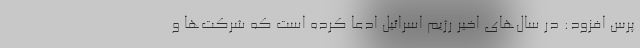
پرس افزود: در سال‌های اخیر رژیم اسرائیل ادعا کرده است که شرکت‌ها و